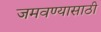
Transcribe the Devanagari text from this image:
जमवण्यासाठी